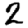
Digit: 2